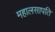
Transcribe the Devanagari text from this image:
महालसापति